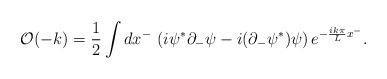
LaTeX: \begin{align*}{\cal O}(-k) = {1 \over 2}\int dx^- \, \left( i \psi^* \partial_- \psi - i(\partial_- \psi^*) \psi \right) e^{- {i k \pi \over L} x^-} . \end{align*}